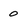
Character: 0